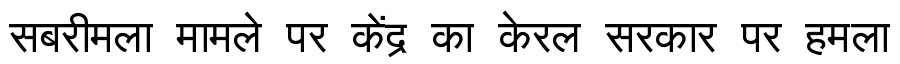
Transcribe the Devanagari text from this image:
सबरीमला मामले पर केंद्र का केरल सरकार पर हमला